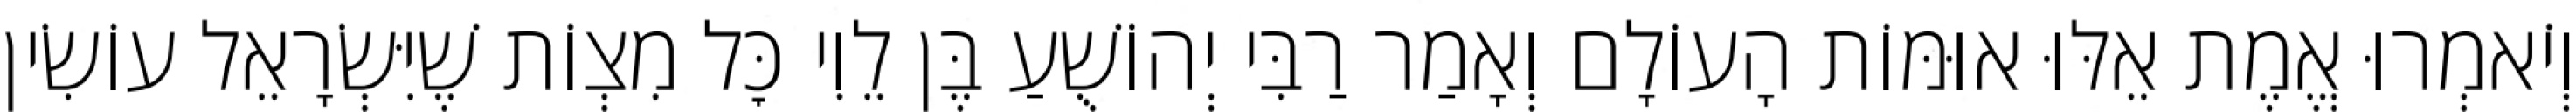
וְיֹאמְרוּ אֱמֶת אֵלּוּ אוּמּוֹת הָעוֹלָם וְאָמַר רַבִּי יְהוֹשֻׁעַ בֶּן לֵוִי כׇּל מִצְוֹת שֶׁיִּשְׂרָאֵל עוֹשִׂין